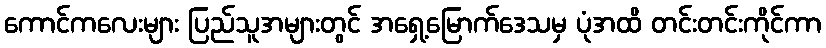
ကောင်ကလေးများ ပြည်သူအများတွင် အရှေ့မြောက်ဒေသမှ ပုံအထိ တင်းတင်းကိုင်ကာ